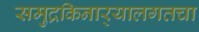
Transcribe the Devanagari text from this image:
समुद्रकिनार्‍यालगतचा